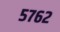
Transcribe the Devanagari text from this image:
५७६२